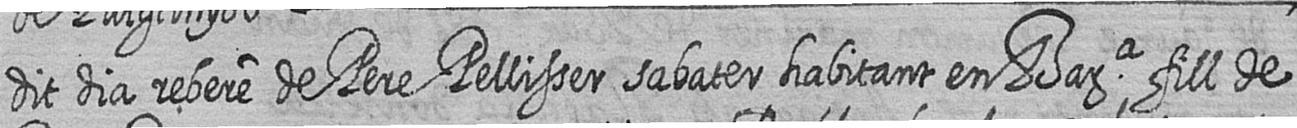
dit dia rebere de Pere Pellisser sabater habitant en Bara fill de